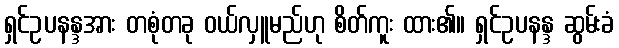
ရှင်ဥပနန္ဒအား တစုံတခု ဝယ်လှူမည်ဟု စိတ်ကူး ထား၏။ ရှင်ဥပနန္ဒ ဆွမ်းခံ